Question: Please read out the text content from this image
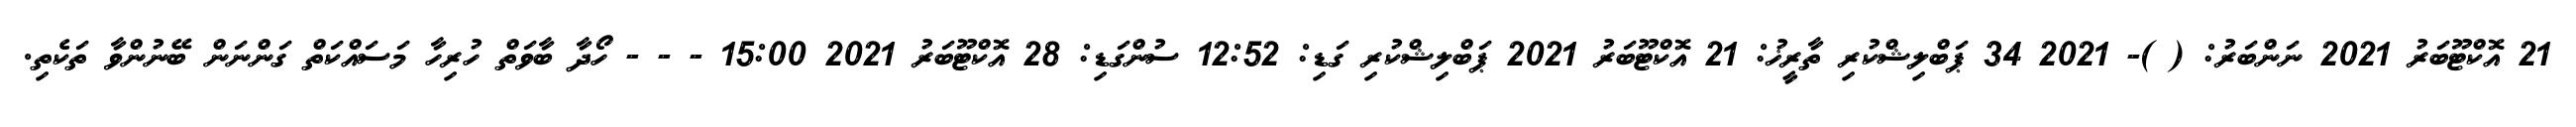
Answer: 21 އޮކްޓޫބަރު 2021 ނަންބަރު: ( )- 2021 34 ޕަބްލިޝްކުރި ތާރީޚު: 21 އޮކްޓޫބަރު 2021 ޕަބްލިޝްކުރި ގަޑި: 12:52 ސުންގަޑި: 28 އޮކްޓޫބަރު 2021 15:00 - - - ހޯދާ ބާވަތް ހުރިހާ މަސައްކަތް ގަންނަން ބޭނުންވާ ތަކެތި.